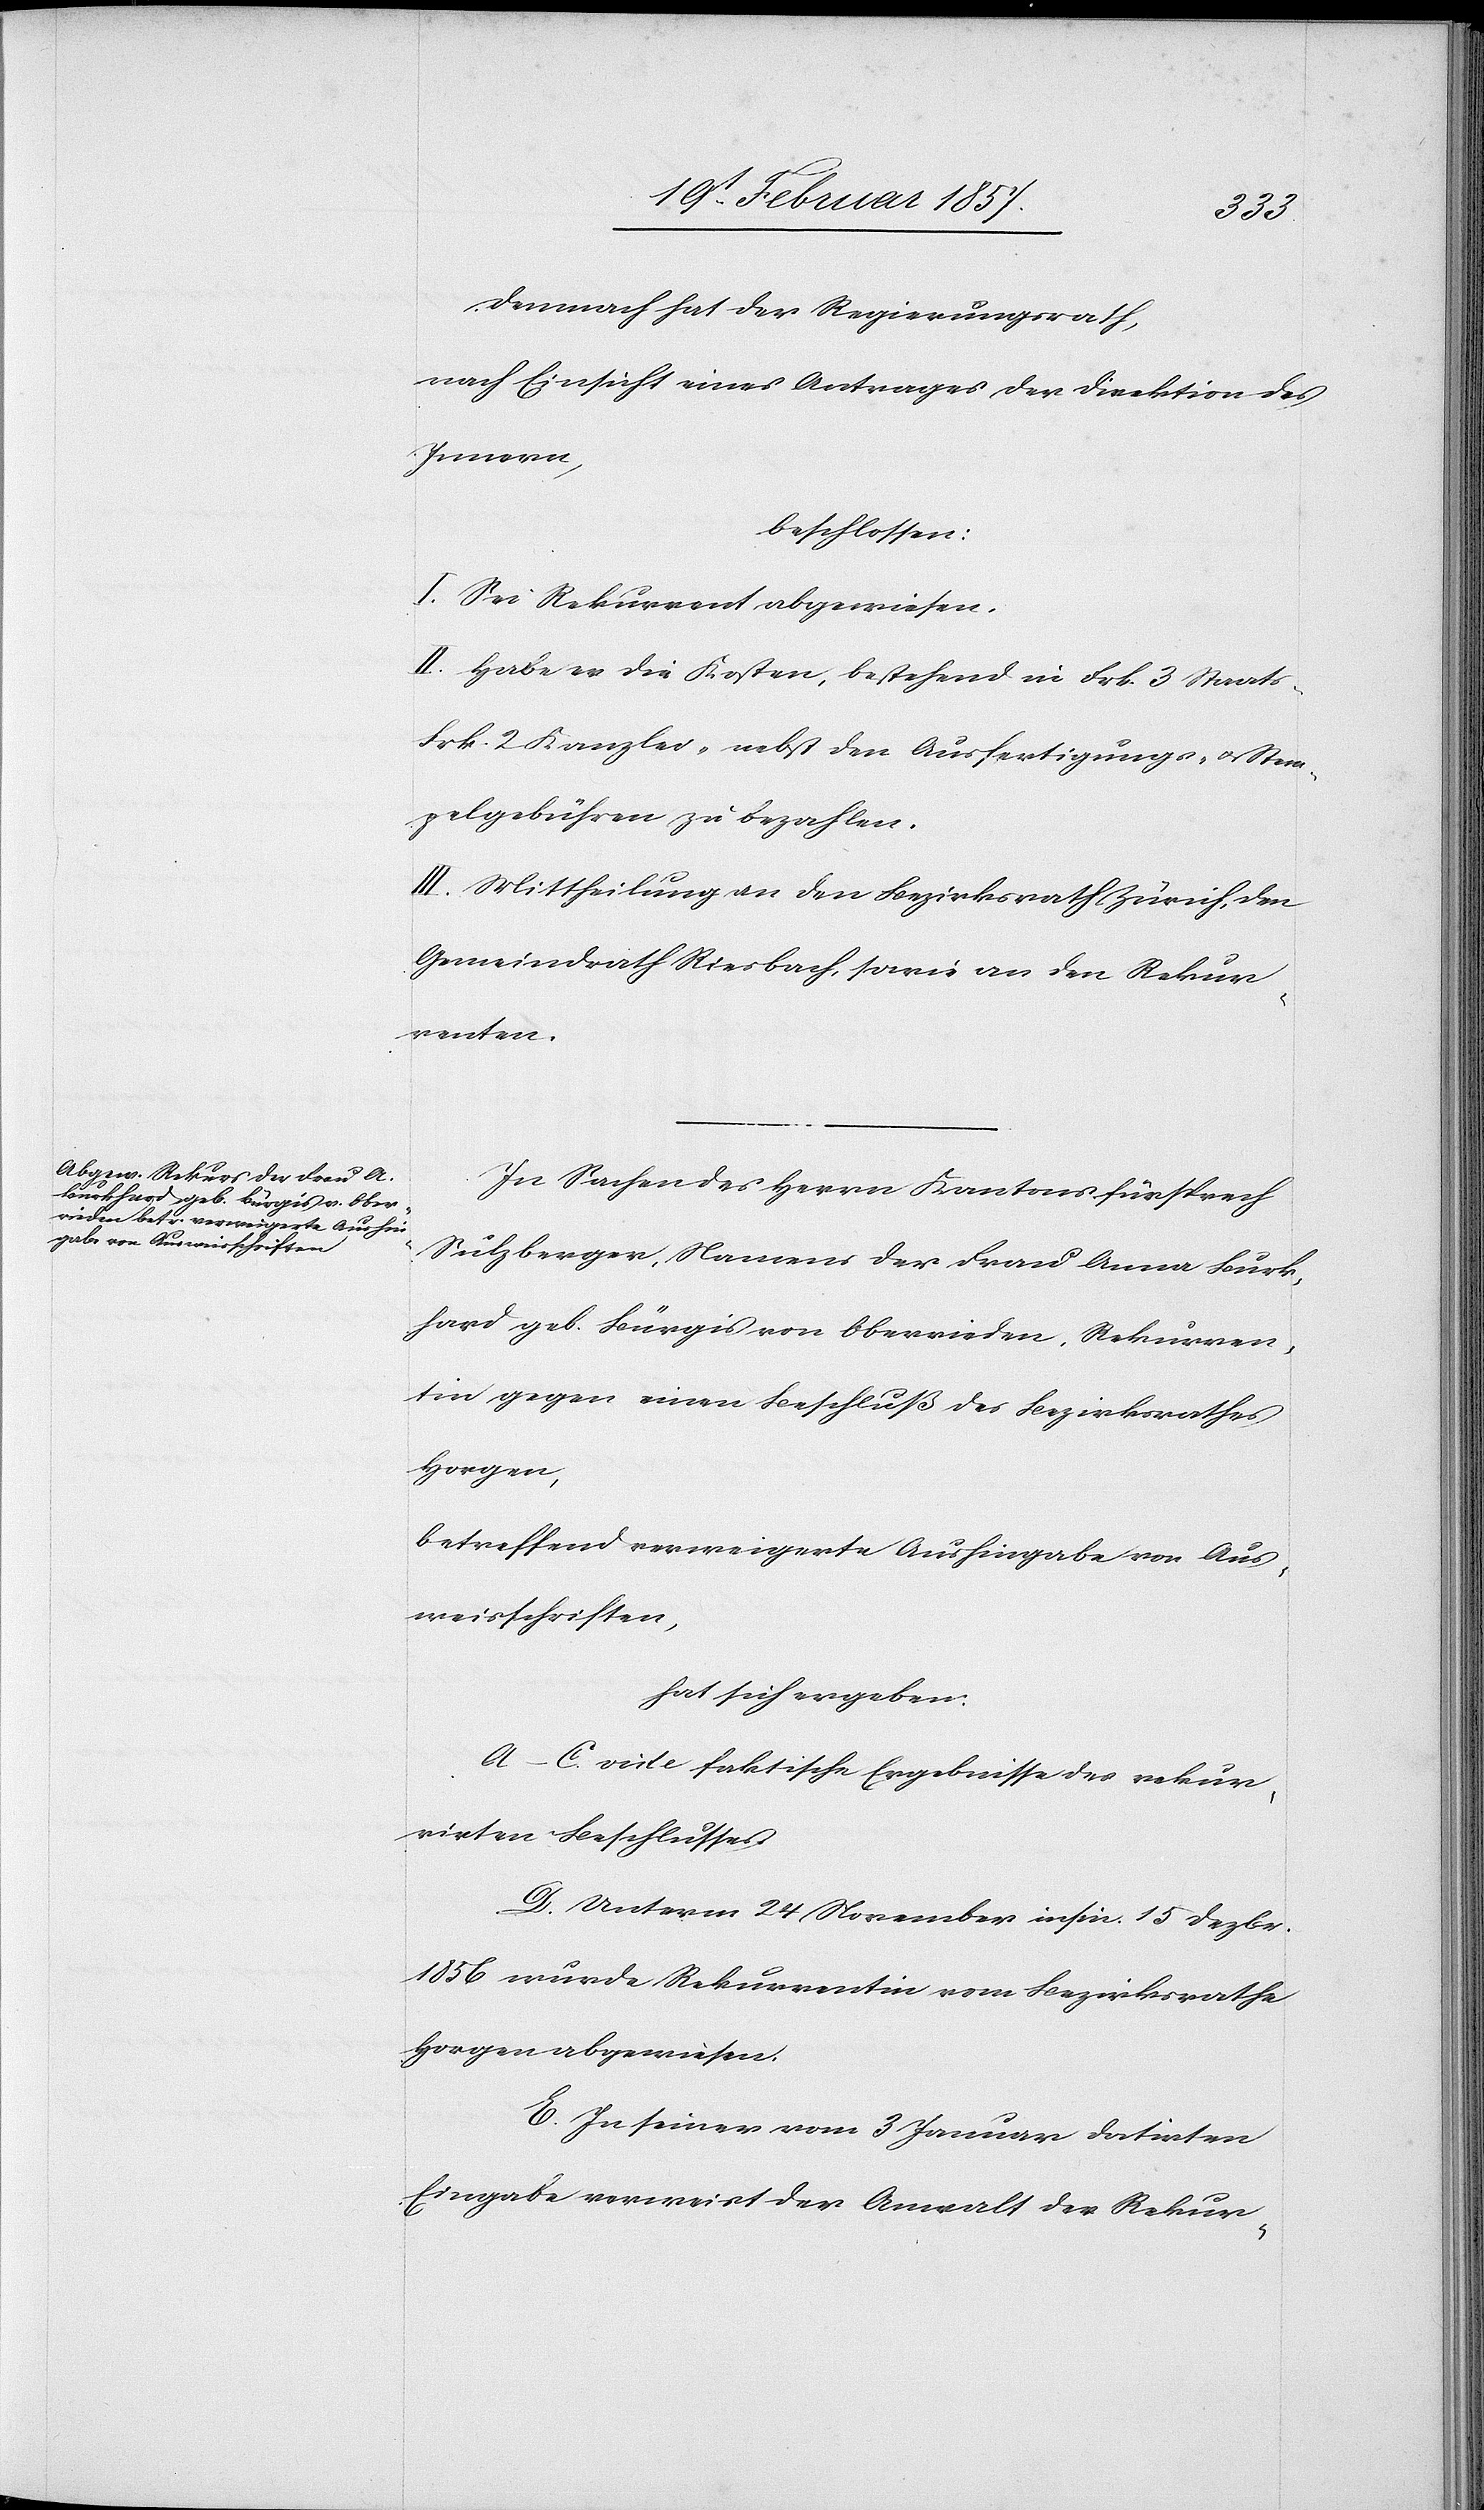
s-[,]
Demnach hat der Regierungsrath,
nach Einsicht eines Antrages der Direktion des
Innern,
beschlossen:
I. Sei Rekurrent abgewiesen.
II. Habe er die Kosten, bestehend in Frk. 3 Staat¬
Frk. 2 Kanzlei- nebst den Ausfertigungs- u. Stem¬
pelgebühren zu bezahlen.
III. Mittheilung an den Bezirksrath Zürich, den
Gemeindrath Riesbach, sowie an den Rekur¬
renten.
In Sachen des Herrn Kantonsfürsprech
Sulzberger, Namens der Frau Anna Burk¬
hard geb. Bürgis von Oberrieden, Rekurren¬
tin gegen einen Beschluß des Bezirksrathes
Horgen,
betreffend verweigerte Aushingabe von Aus¬
weisschriften,
hat sich ergeben:
A–C. vide faktische Ergebnisse des rekur¬
rirten Beschlusses
D. Unterm 24 November insin. 15 Dezbr.
1856 wurde Rekurrentin vom Bezirksrathe
Horgen abgewiesen.
E. In seiner vom 3 Januar datirten
Eingabe verweist der Anwalt des Rekur-